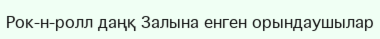
Рок-н-ролл даңқ Залына енген орындаушылар